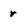
Character: r